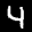
Label: 4